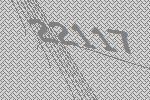
22117